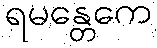
ရမန္တေကေ